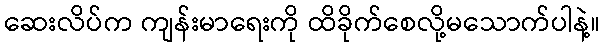
ဆေးလိပ်က ကျန်းမာရေးကို ထိခိုက်စေလို့မသောက်ပါနဲ့။